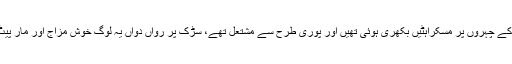
‘ اس شخص کے ارد گرد لوگوں کا ہجوم تھا، جن کے چہروں پر مسکراہٹیں بکھری ہوئی تھیں اور پوری طرح سے مشتعل تھے، سڑک پر رواں دواں یہ لوگ خوش مزاج اور مار پیٹ کے لیے پوری طرح سے تیار نظر آرہے تھے۔